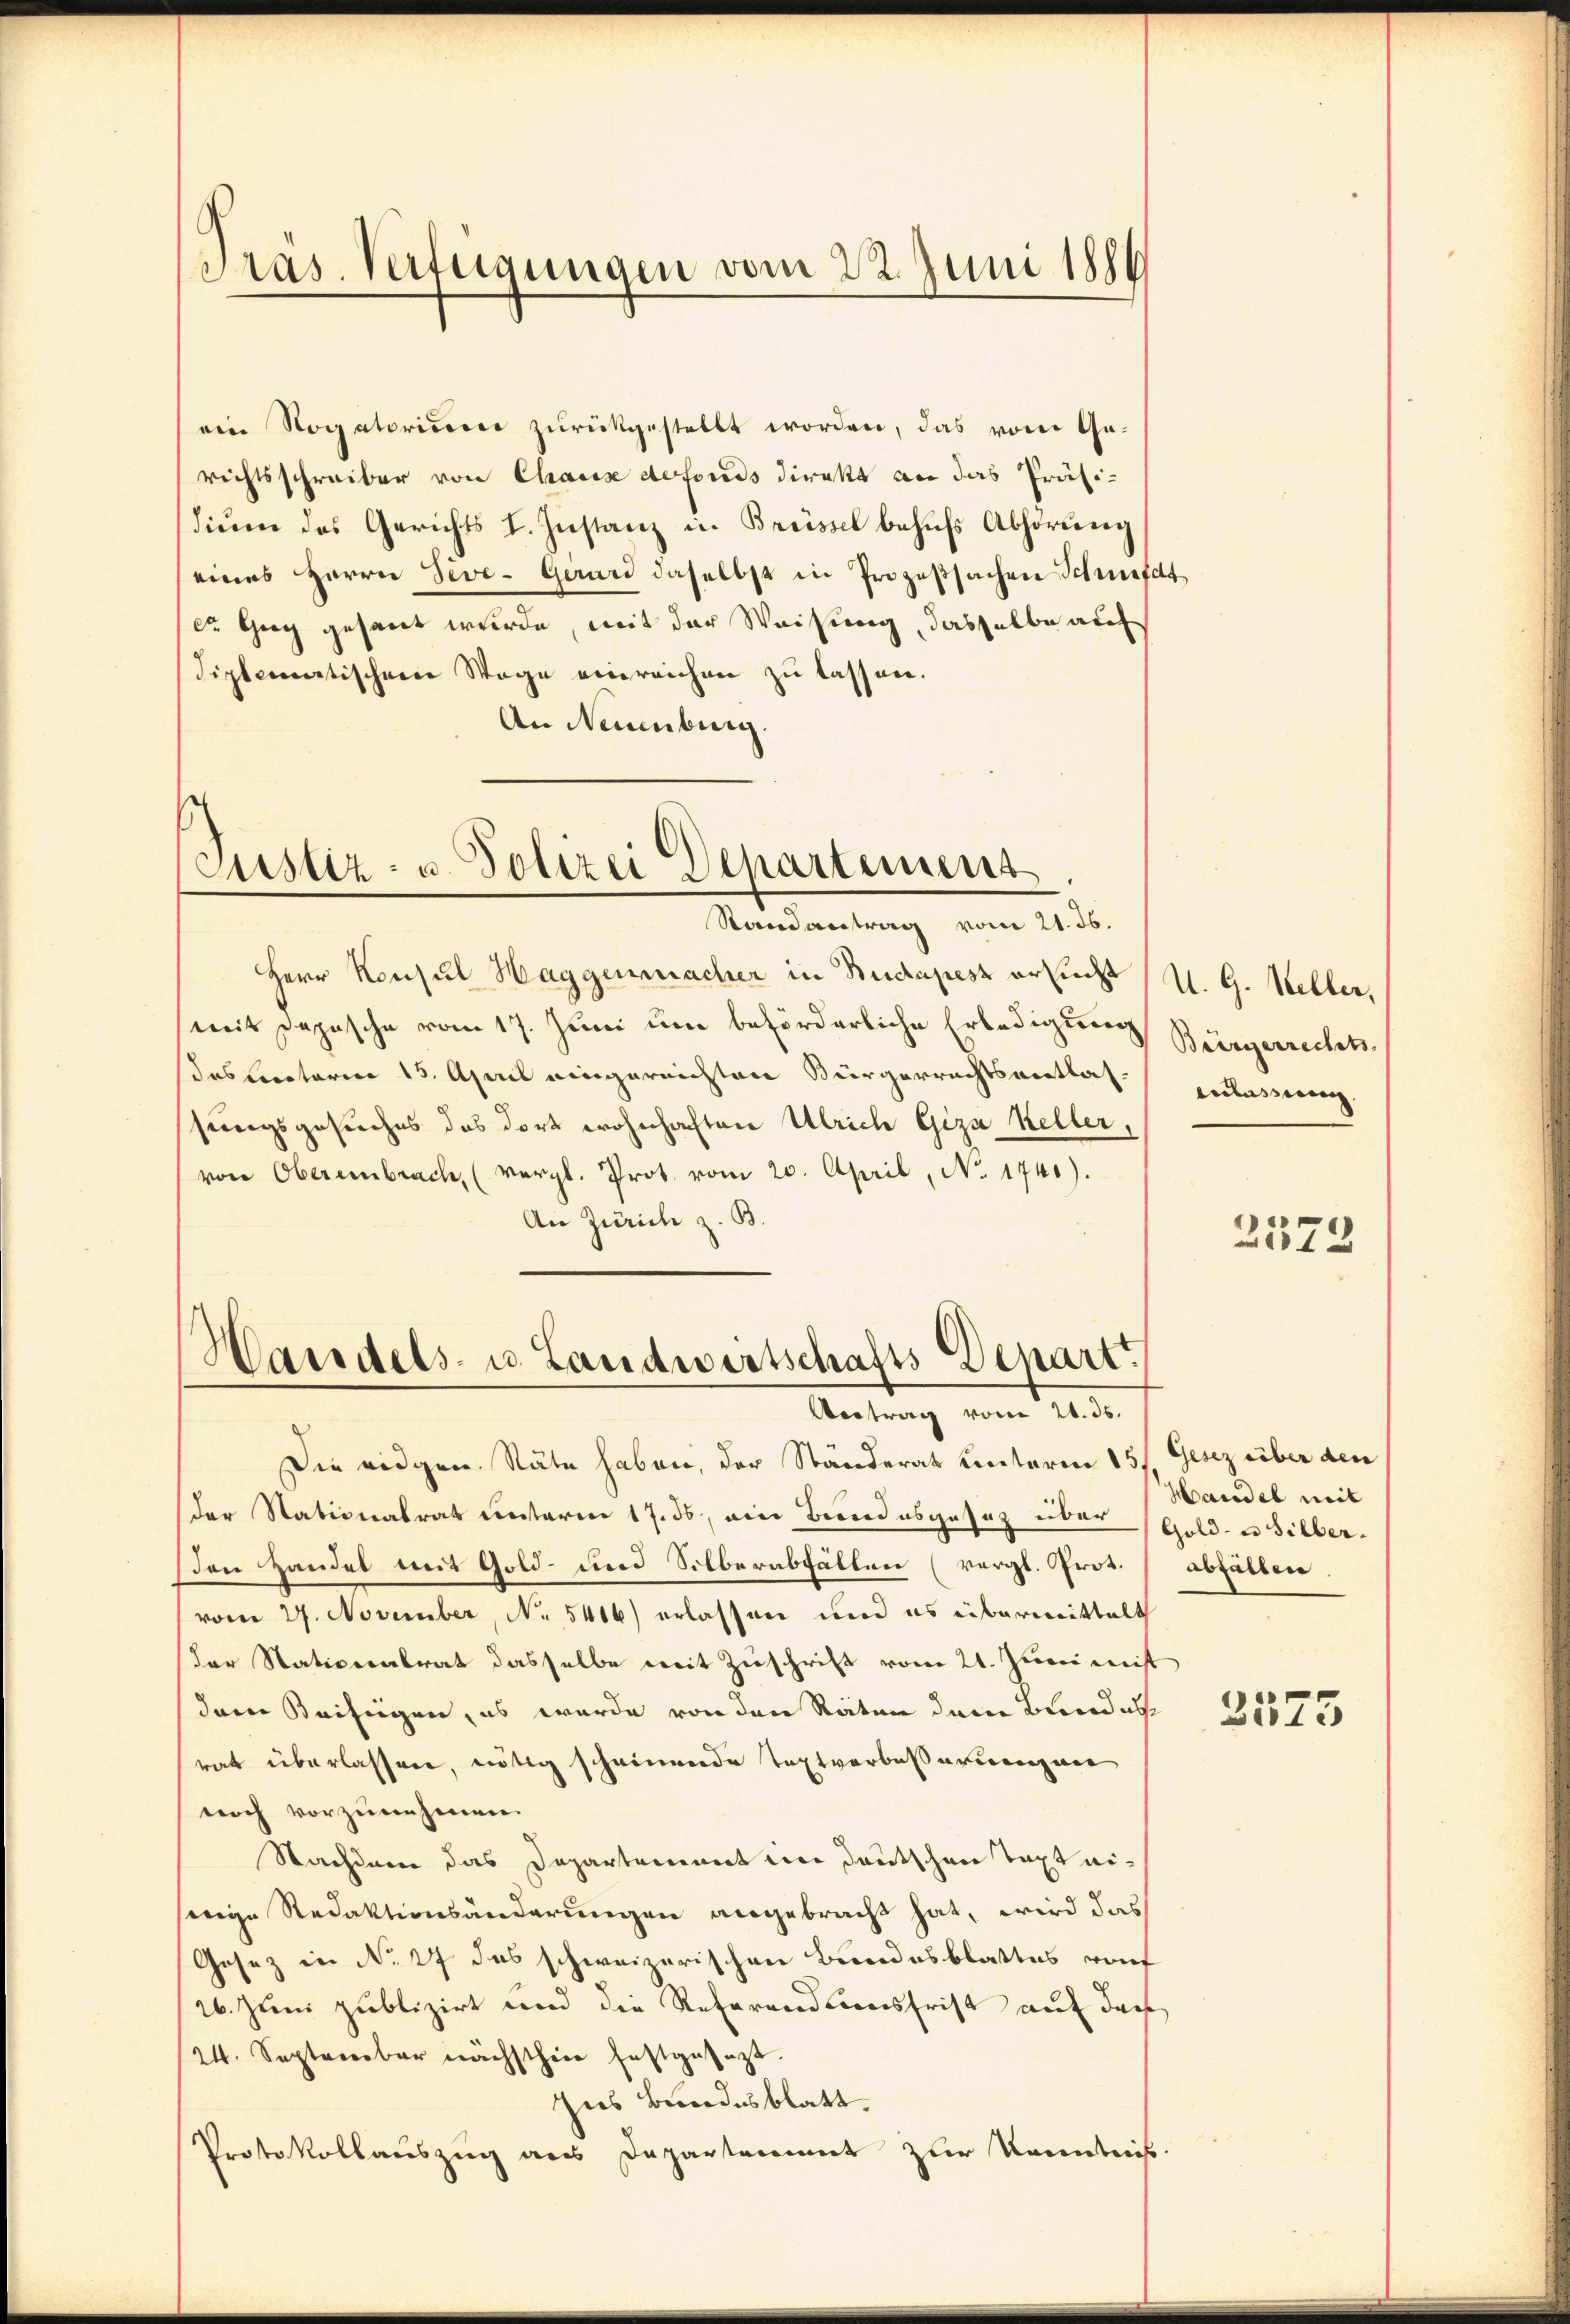
Präs. Verfügungen vom 22. Juni 1884

ein Rogatorisie zurückgestellt worden, das vom Gerichtsschreiber von Chaux defonds direkt an das Präsi-
diŭm das Gerichts I. Instanz in Brüssel behufs Abhörung
eines Herrn Seve- Gerard daselbst in Prozeßsachen Schrift
cr Gug gesant wurde, mit der Weisung, dasselbe auf
Siptematischen Wage einreichen zu lassen.
An Neuenburg.

Justiz- u. Polizei Departement
Randantrag vom 21. 36.

Herr Konsul Haggenmacher in Budapest ersucht
mit Depesche vom 17. Juni um beförderliche Erledigung Bürgerrechtsdesletarii 15. April eingereichten Bürgerrechtsentlas-
sungsgesuches das dort wohnhaften Ulrich Giza Kellervon Obereinbrach, (vergl. Prot. vom 20. April, No. 1740).
An Zürich z. B.

Handels- u. Landwirtschafts Depart
Antrag vom 20. ds.

Die eidgen. Nähe haben, der Ständerat unterm 15. Gesez über den
der Stationalrat erstaren 17. ds, eine Besondesgesetz über Gold- u Silber.
(den Handel mit Gold- und Silberabfällen (vergl. Prot. / abfällen
vom 27. November, No. 5416) erlassen und es übermittalt
der Nationalrat dasselbe mit Zuschrift vom 21. Juni mit
dem Beifügen, es wurde von den Räten dem Bundes
rat überlassen, nötig scheinende Textverbesserungen
noch vorzunehmen.
Nachdem das Departement in Deutschen Taxt eiwige Redaktionsänderungen angebracht hat, wird das
Gesez in No. 27 des schweizerischen Bundesblattes von
26. Juni publizirt und die Referandionsfrist auf das
24. September nächsthin festgesezt.
gus Bundesblatt.
Protokollauszug aus Departamt zur Kenntniß

U. G. Weller,
eilasserung

2573

Handel mit

Berli